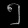
Digit: ၅